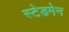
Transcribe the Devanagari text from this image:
स्टेडमेन